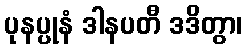
ပုနပ္ပုနံ ဒါနပတီ ဒဒိတွာ၊